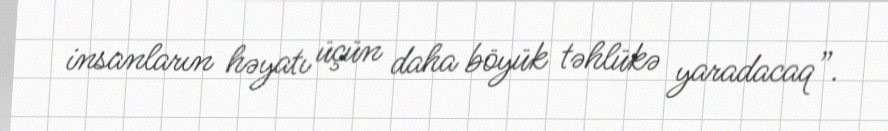
insanların həyatı üçün daha böyük təhlükə yaradacaq”.